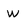
Character: w